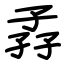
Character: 孨